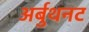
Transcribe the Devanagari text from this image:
अर्बुथनट